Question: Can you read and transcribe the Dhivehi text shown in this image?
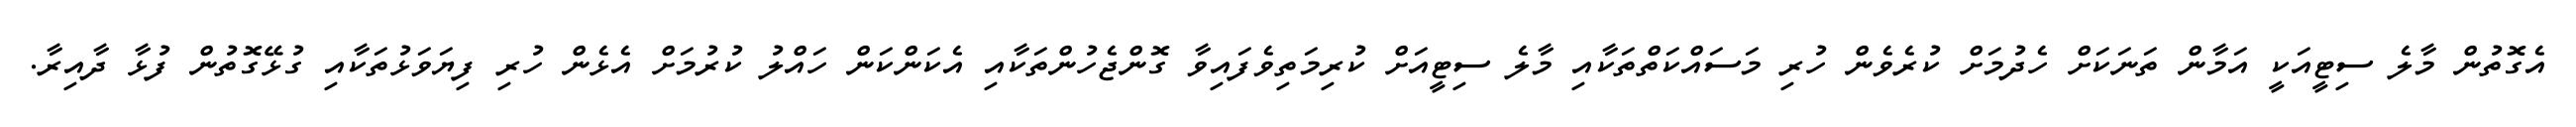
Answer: އެގޮތުން މާލެ ސިޓީއަކީ އަމާން ތަނަކަށް ހެދުމަށް ކުރެވެން ހުރި މަސައްކަތްތަކާއި މާލެ ސިޓީއަށް ކުރިމަތިވެފައިވާ ގޮންޖެހުންތަކާއި އެކަންކަން ހައްލު ކުރުމަށް އެޅެން ހުރި ފިޔަވަޅުތަކާއި ގުޅޭގޮތުން ފުޅާ ދާއިރާ.